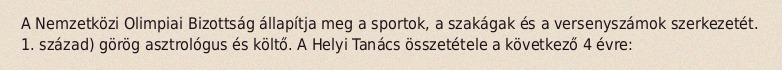
A Nemzetközi Olimpiai Bizottság állapítja meg a sportok, a szakágak és a versenyszámok szerkezetét. 1. század) görög asztrológus és költő. A Helyi Tanács összetétele a következő 4 évre: